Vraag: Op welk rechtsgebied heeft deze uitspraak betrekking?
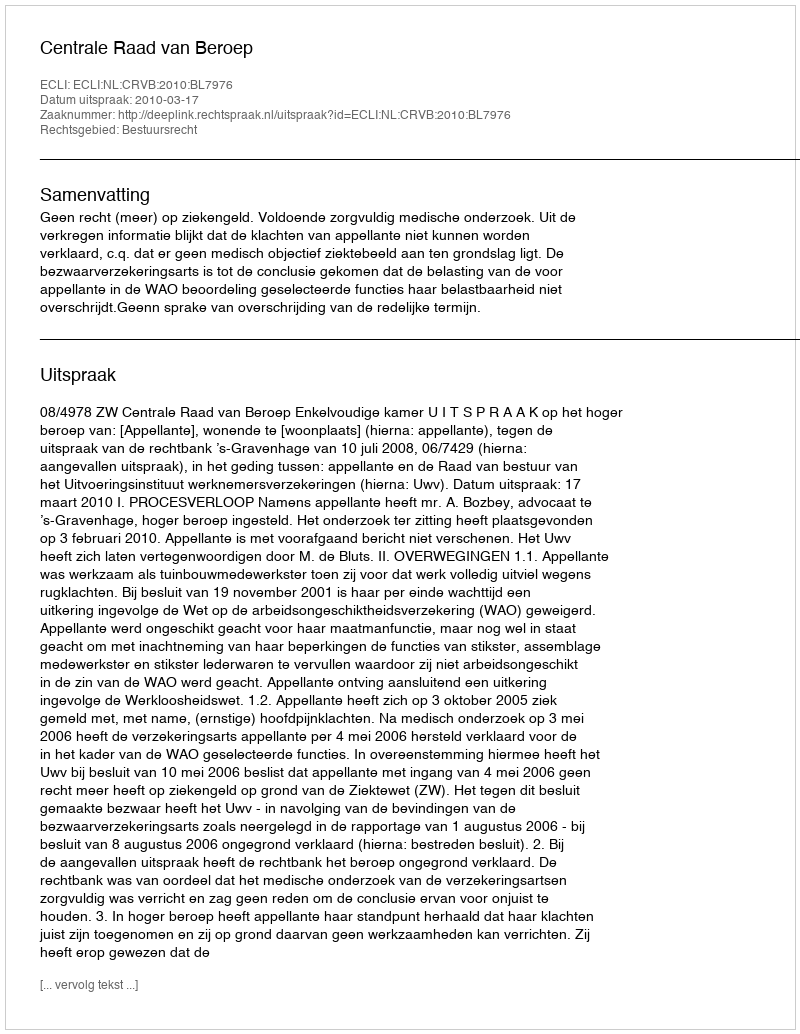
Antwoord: Bestuursrecht